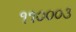
૧૧૦૦૦૩